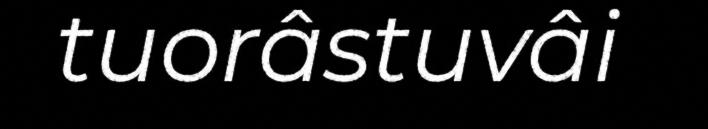
tuorâstuvâi